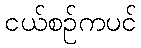
ငယ်စဉ်ကပင်